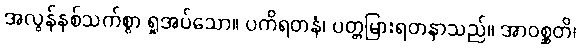
အလွန်နှစ်သက်စွာ ရှုအပ်သော။ ပကိရတနံ၊ ပတ္တမြားရတနာသည်။ အာဝစ္ဆတိ၊